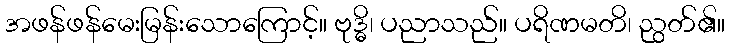
အဖန်ဖန်မေးမြန်းသောကြောင့်။ ဗုဒ္ဓိ၊ ပညာသည်။ ပရိဏမတိ၊ ညွတ်၏။